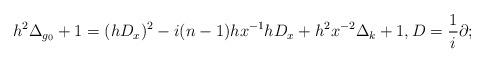
LaTeX: \begin{align*} h^2\Delta_{g_0} + 1 = (h D_x)^2 - i(n-1)h x^{-1} h D_x + h^2 x^{-2}\Delta_k + 1,D=\frac{1}{i}\partial;\end{align*}